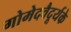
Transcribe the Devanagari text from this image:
गोमेदवैदूर्यके